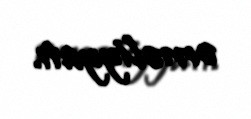
əməliyyatı.